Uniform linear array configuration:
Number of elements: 32
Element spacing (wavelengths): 0.25
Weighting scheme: blackman
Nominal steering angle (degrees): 0
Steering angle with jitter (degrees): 1.132
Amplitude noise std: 0.05
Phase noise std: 0.05

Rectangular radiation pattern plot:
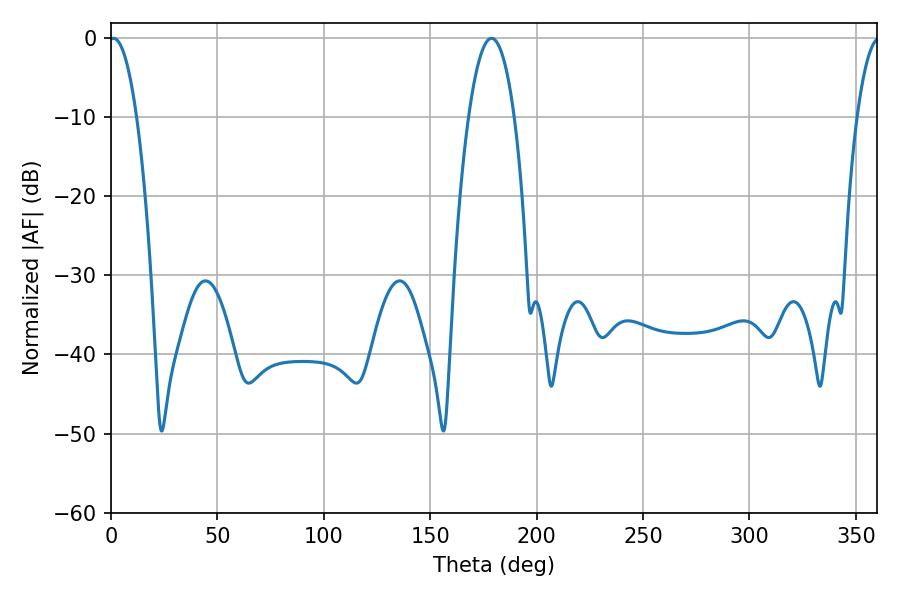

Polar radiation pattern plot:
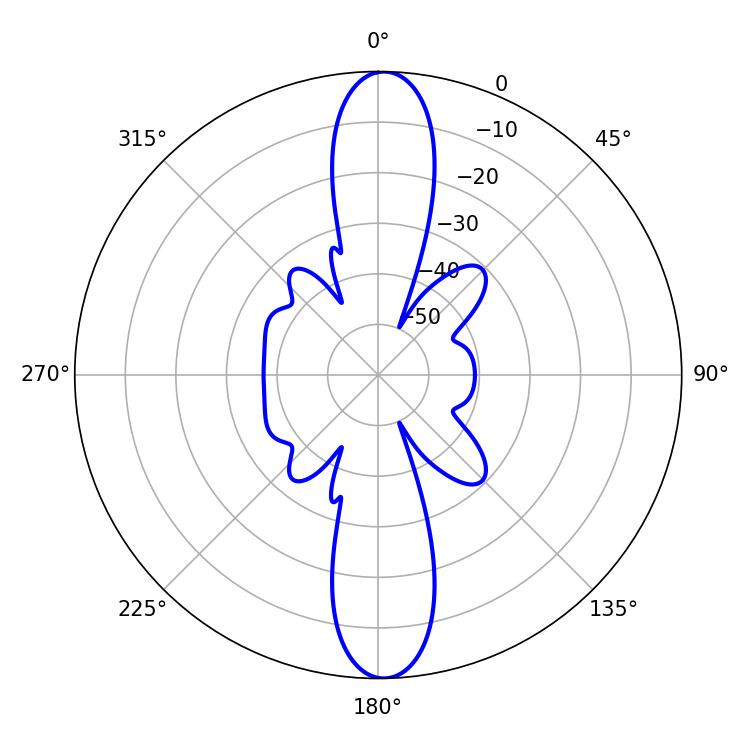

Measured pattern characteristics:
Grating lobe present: FALSE
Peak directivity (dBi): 23.196
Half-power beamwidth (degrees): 7.2
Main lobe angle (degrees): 1.26